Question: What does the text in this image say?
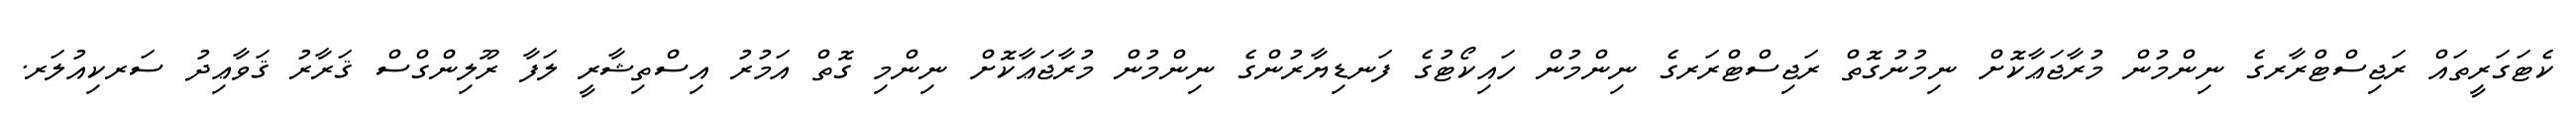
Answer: ކެޓަގަރީތައް ރަޖިސްޓްރާރގެ ނިންމުން މުރާޖަޢާކޮށް ނިމުނުގޮތް ރަޖިސްޓްރަރގެ ނިންމުން ހައިކޯޓުގެ ފަނޑިޔާރުންގެ ނިންމުން މުރާޖަޢާކޮށް ނިންމި ގޮތް އަމުރު އިސްތިޝާރީ ލަފާ ރޫލިންގްސް ޤަރާރު ޤަވާޢިދު ސަރކިއުލަރ.